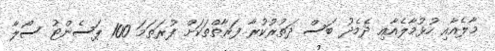
މާލެއާއި ހުޅުމާލެއާއި ދެމެދު ބަސް ދަތުރުކުރާ ފަރާތްތަކަށް ފުރަތަމަ 100 ޕަސެންޓު ސޯލާ